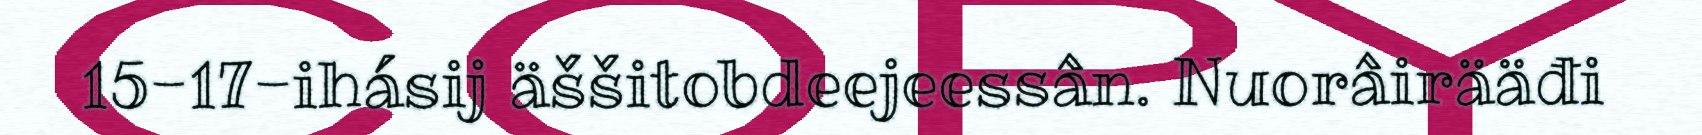
15-17-ihásij äššitobdeejeessân. Nuorâirääđi